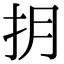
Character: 抈